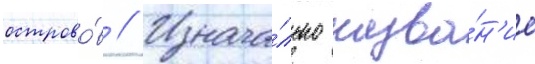
острово́в // Изнача́льно назва́н'ие